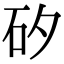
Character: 矽